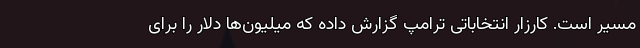
مسیر است. کارزار انتخاباتی ترامپ گزارش داده که میلیون‌ها دلار را برای